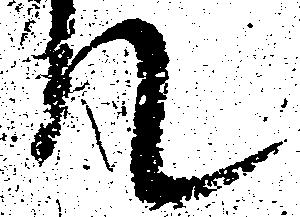
て